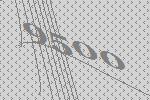
9500